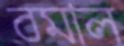
বমাল